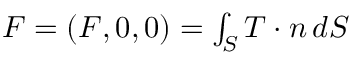
\begin{array} { r } { \boldsymbol { F } = ( F , 0 , 0 ) = \int _ { S } \boldsymbol { T } \cdot \boldsymbol { n } \, d S } \end{array}